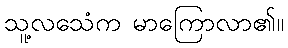
သူ့လသေံက မာကြောလာ၏။